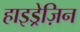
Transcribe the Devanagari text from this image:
हाइड्रेज़िन